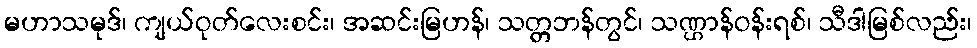
မဟာသမုဒ်၊ ကျယ်ဝုတ်လေးစင်း၊ အဆင်းမြဟန်၊ သတ္တဘန်တွင်၊ သဏ္ဌာန်ဝန်းရစ်၊ သီဒါမြစ်လည်း၊